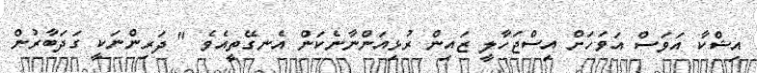
އިޝްކާ އަވަސް އަވަހަށް އިސްޖަހާލީ ޒައިން ރުޅިއަންނާނެކަން އެނގޭތީއެވެ " ދަރިންނަކީ ގަދަބާރުން